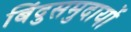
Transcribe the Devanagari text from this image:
बिंदुसमुदायों